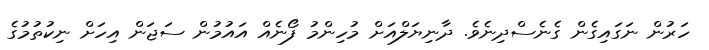
ހަރުން ނަގައިގެން ގެނެސްދިނެވެ. ދާނިޔަލްއަށް މުހިންމު ފޯނެއް އައުމުން ސަޖަން އިހަށް ނިކުތުމުގެ